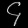
Digit: ၄